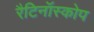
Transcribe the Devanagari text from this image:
रैटिनॉस्कोप